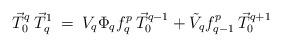
LaTeX: \begin{align*}\vec T_0^{q}\:\vec T_q^{1}\:=\:V_q\Phi_q f_q^p\:\vec T_0^{q-1}+\tilde{V}_q f_{q-1}^p\:\vec T_0^{q+1}\end{align*}